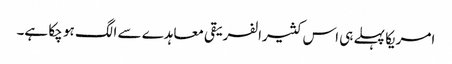
امریکا پہلے ہی اس کثیرالفریقی معاہدے سے الگ ہو چکا ہے۔